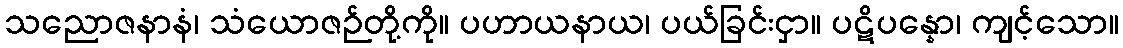
သညောဇနာနံ၊ သံယောဇဉ်တို့ကို။ ပဟာယနာယ၊ ပယ်ခြင်းငှာ။ ပဋိပန္နော၊ ကျင့်သော။